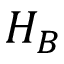
H _ { B }